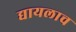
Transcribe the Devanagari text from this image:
द्यायलाच